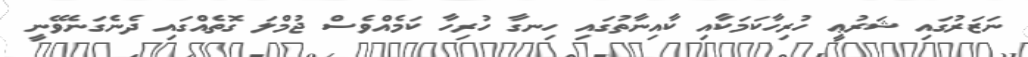
ނަޒަރުގައި ޝަރުޢީ ހުރިހާކަމަކާއި ކާއިނާތުގައި ހިނގާ ހުރިހާ ކަމެއްވެސް ޖުމްލަ ގޮތެއްގައި ދެނެގަނެވޭނީ